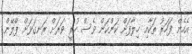
އެހެން ފަހަރު ތަކާއި ޚިލާފަށް ކަންކަން ވެސް ހުރީ ވަރަށް ރަނގަޅަށް ޕްލޭން